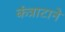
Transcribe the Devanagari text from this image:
कंत्राटाने